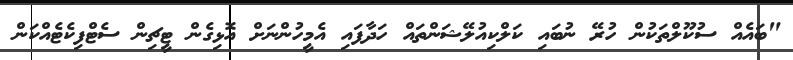
"ބައެއް ސުކޫލްތަކުން ހުރޭ ނުބައި ކަލްކިއުލޭޝަންތައް ހަދާފައި އެމީހުންނަށް އޮޅިގެން ޓީޗިން ސެޓްފިކެޓެއްކަން